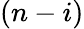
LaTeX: (n-i)